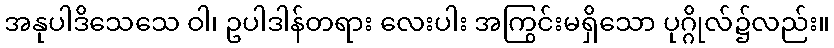
အနုပါဒိသေသေ ဝါ၊ ဥပါဒါန်တရား လေးပါး အကြွင်းမရှိသော ပုဂ္ဂိုလ်၌လည်း။